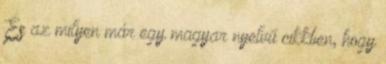
És az milyen már egy magyar nyelvű cikkben, hogy